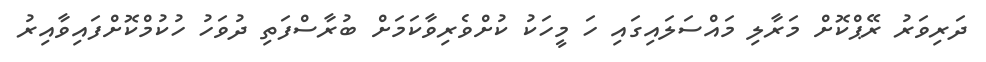
ދަރިވަރު ރޭޕްކޮށް މަރާލި މައްސަލައިގައި ހަ މީހަކު ކުށްވެރިވާކަމަށް ބުރާސްފަތި ދުވަހު ހުކުމްކޮށްފައިވާއިރު